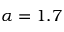
\alpha = 1 . 7